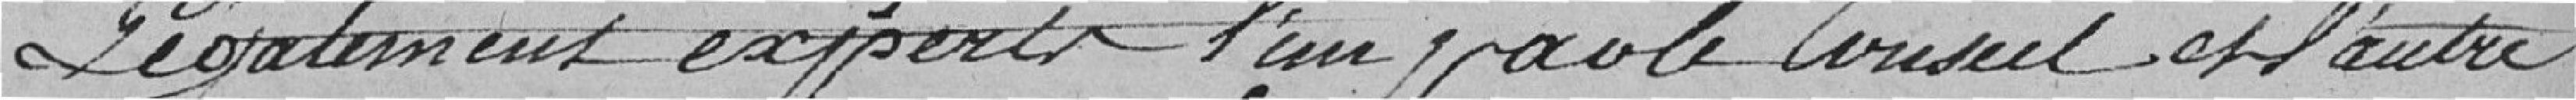
Légalement experts l'un par le Conseil et l'autre